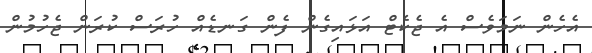
އެހެން ނަމަވެސް އެ ޖެކެޓް އަޅައިގެން ފެން ގަނޑެއް ހުރަސް ކުރަން ޖެހުމުން